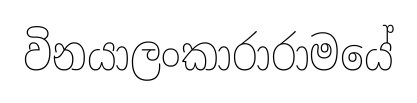
විනයාලංකාරාරාමයේ